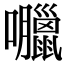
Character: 𡅘